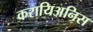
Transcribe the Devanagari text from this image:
करायिअनिस